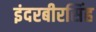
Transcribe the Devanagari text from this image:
इंदरबीरसिंह